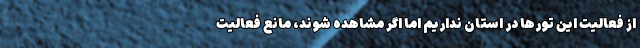
از فعالیت این تورها در استان نداریم اما اگر مشاهده شوند، مانع فعالیت